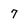
Character: 7